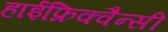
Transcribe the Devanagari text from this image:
हाईफ्रिक्वैन्सी